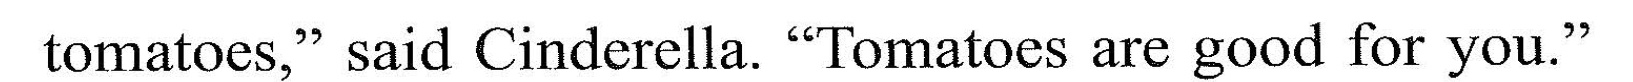
toruatoes." said CindereIla. "I'omatoes ure good for you."